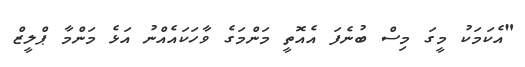
"އެކަމަކު މީގަ މިސް ބުނެފަ އެއޮތީ މަންމަގެ ވާހަކައެއްނު އަޅެ މަންމާ ޕްލީޒް